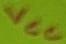
Text: VCC